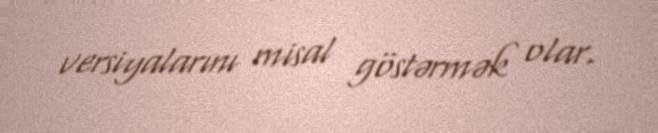
versiyalarını misal göstərmək olar.